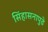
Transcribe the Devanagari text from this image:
सिंहासनापुढे